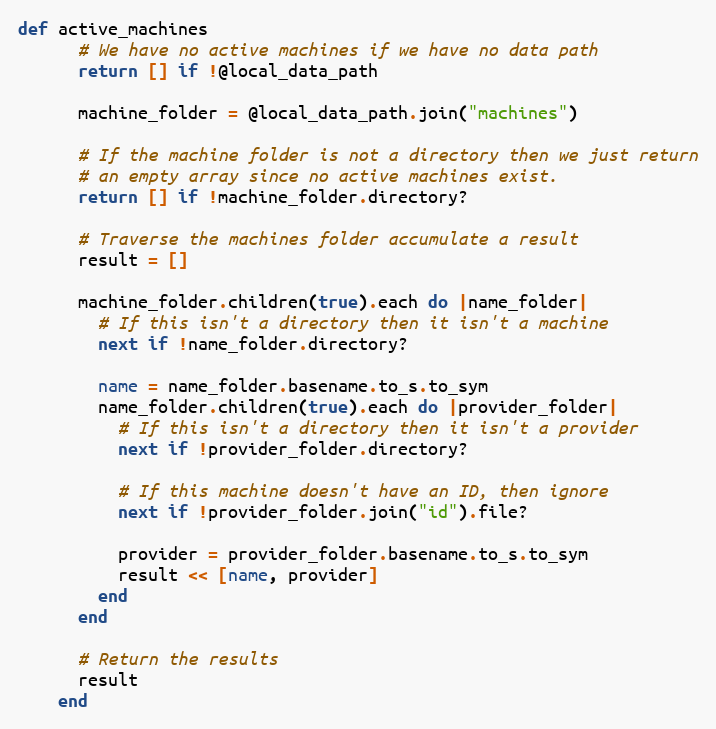
Language: Ruby
def active_machines
      # We have no active machines if we have no data path
      return [] if !@local_data_path

      machine_folder = @local_data_path.join("machines")

      # If the machine folder is not a directory then we just return
      # an empty array since no active machines exist.
      return [] if !machine_folder.directory?

      # Traverse the machines folder accumulate a result
      result = []

      machine_folder.children(true).each do |name_folder|
        # If this isn't a directory then it isn't a machine
        next if !name_folder.directory?

        name = name_folder.basename.to_s.to_sym
        name_folder.children(true).each do |provider_folder|
          # If this isn't a directory then it isn't a provider
          next if !provider_folder.directory?

          # If this machine doesn't have an ID, then ignore
          next if !provider_folder.join("id").file?

          provider = provider_folder.basename.to_s.to_sym
          result << [name, provider]
        end
      end

      # Return the results
      result
    end